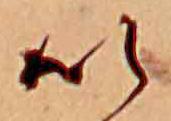
い